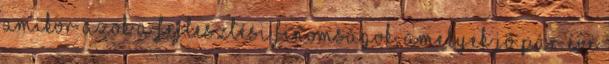
amikor azok a fejlesztési finomságok, amelyek jó pár éve